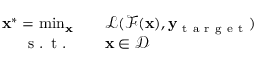
\begin{array} { r l } { \mathbf { x } ^ { * } = \operatorname* { m i n } _ { \mathbf { x } } \quad } & { { } \mathcal { L } ( \mathcal { F } ( \mathbf { x } ) , \mathbf { y } _ { \mathrm { ~ t ~ a ~ r ~ g ~ e ~ t ~ } } ) } \\ { \textrm { s . t . } \quad } & { { } \mathbf { x } \in \mathcal { D } } \end{array}